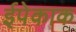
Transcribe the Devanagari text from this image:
ईपेकाक